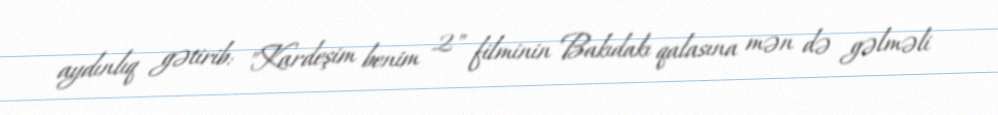
aydınlıq gətirib: "Kardeşim benim 2" filminin Bakıdakı qalasına mən də gəlməli